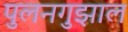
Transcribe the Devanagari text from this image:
पुलनगुझाल